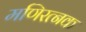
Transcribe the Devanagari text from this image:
मणिरत्‍नक